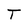
Character: T